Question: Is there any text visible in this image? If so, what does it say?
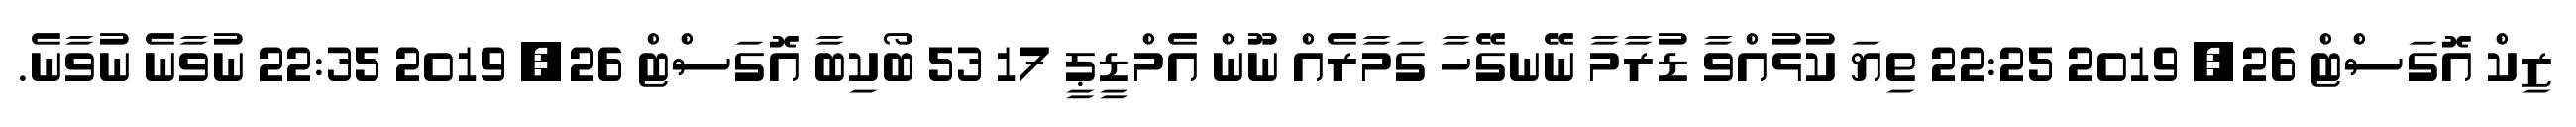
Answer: ޒިކް އޮގަސްޓް 26, 2019 22:25 ތިޔަ ކުޅުއްވާ ޑުރާމާ ނޭނގޭހާ ގަމާރެއް ނޫން އެމްޑީޕީ 17 53 ބޯކިބާ އޮގަސްޓް 26, 2019 22:35 ނުވާނެ ނުވާނެ.